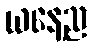
ယနေ့ည